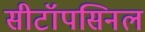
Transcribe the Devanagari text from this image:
सीटॉपसिनल